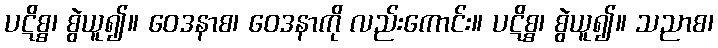
ပဋိစ္စ၊ စွဲယူ၍။ ဝေဒနာစ၊ ဝေဒနာကို လည်းကောင်း။ ပဋိစ္စ၊ စွဲယူ၍။ သညာစ၊